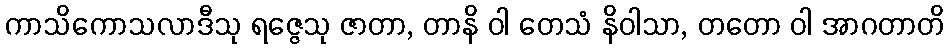
ကာသိကောသလာဒီသု ရဇ္ဇေသု ဇာတာ, တာနိ ဝါ တေသံ နိဝါသာ, တတော ဝါ အာဂတာတိ